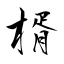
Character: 楈